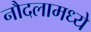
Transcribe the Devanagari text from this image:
नौदलामध्ये